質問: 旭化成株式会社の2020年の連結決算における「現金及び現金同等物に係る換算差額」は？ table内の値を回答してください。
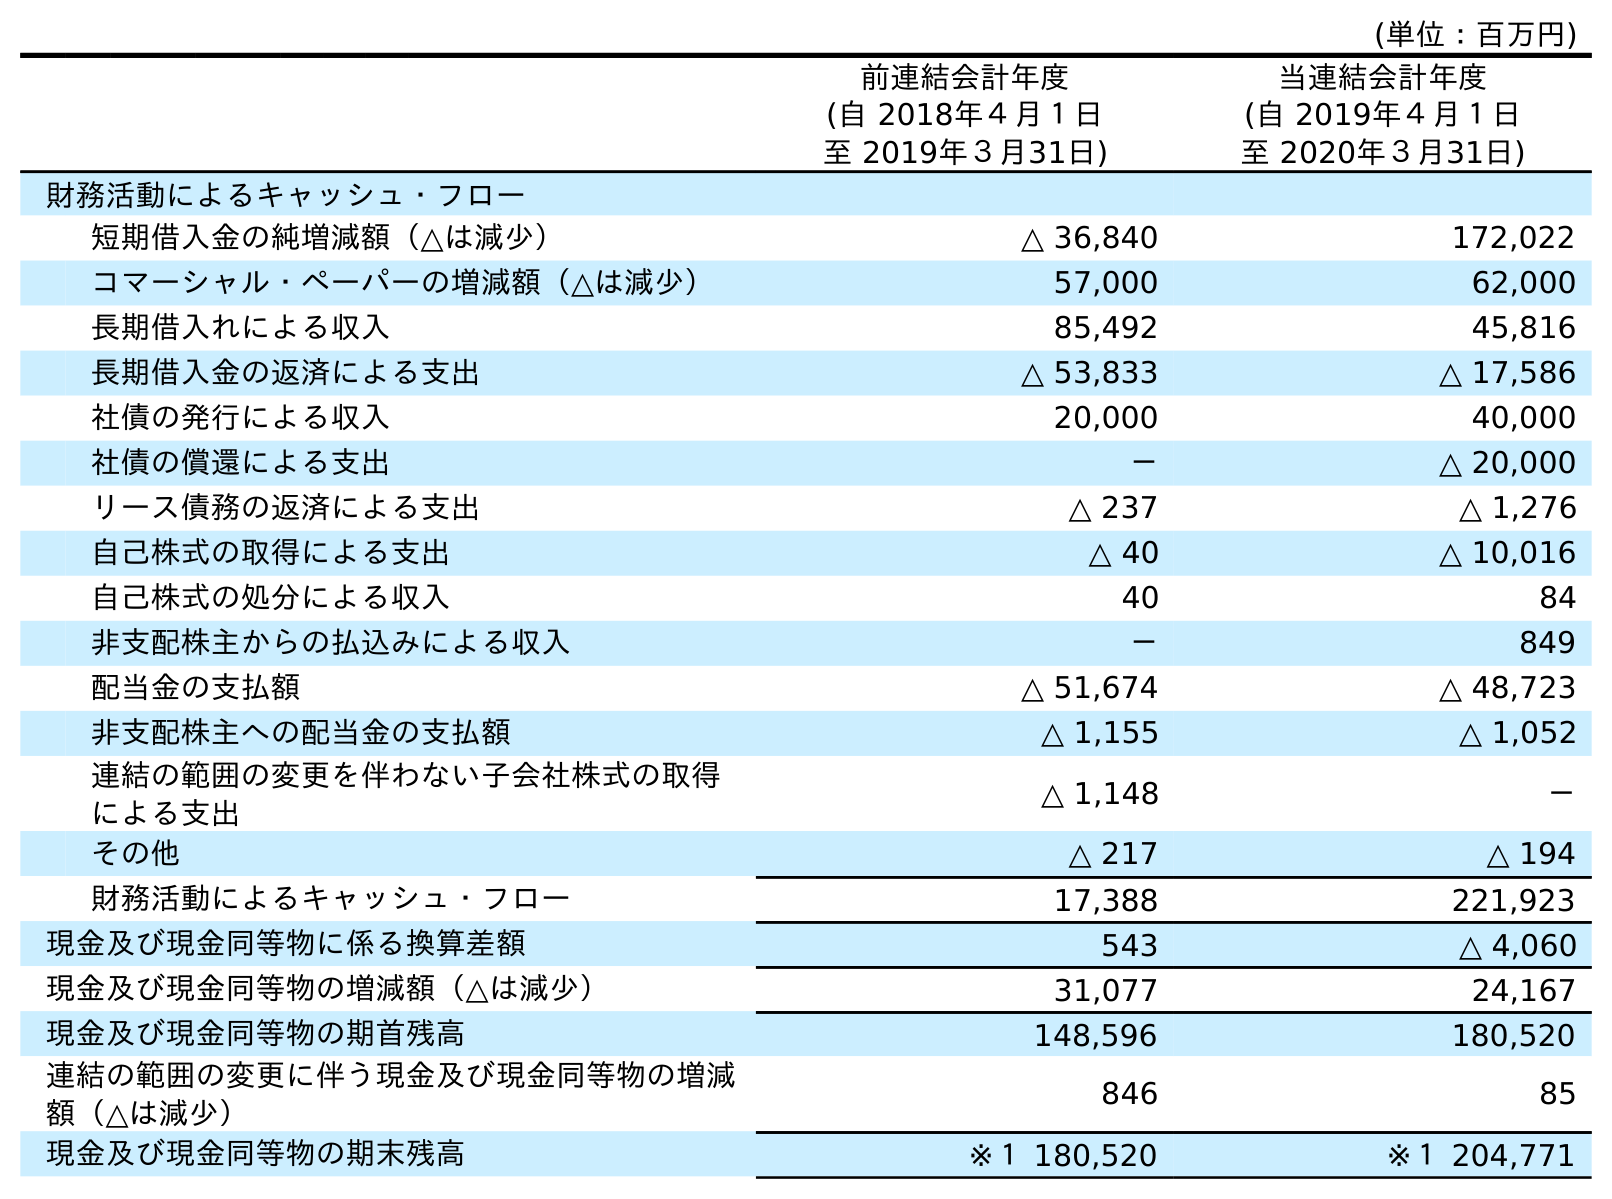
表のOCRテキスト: (単位：百万円) 前連結会計年度 (自 2018年４月１日 至 2019年３月31日) 当連結会計年度 (自 2019年４月１日 至 2020年３月31日) 財務活動によるキャッシュ・フロー 短期借入金の純増減額（△は減少） △ 36,840 172,022 コマーシャル・ペーパーの増減額（△は減少） 57,000 62,000 長期借入れによる収入 85,492 45,816 長期借入金の返済による支出 △ 53,833 △ 17,586 社債の発行による収入 20,000 40,000 社債の償還による支出 － △ 20,000 リース債務の返済による支出 △ 237 △ 1,276 自己株式の取得による支出 △ 40 △ 10,016 自己株式の処分による収入 40 84 非支配株主からの払込みによる収入 － 849 配当金の支払額 △ 51,674 △ 48,723 非支配株主への配当金の支払額 △ 1,155 △ 1,052 連結の範囲の変更を伴わない子会社株式の取得 による支出 △ 1,148 － その他 △ 217 △ 194 財務活動によるキャッシュ・フロー 17,388 221,923 現金及び現金同等物に係る換算差額 543 △ 4,060 現金及び現金同等物の増減額（△は減少） 31,077 24,167 現金及び現金同等物の期首残高 148,596 180,520 連結の範囲の変更に伴う現金及び現金同等物の増減 額（△は減少） 846 85 現金及び現金同等物の期末残高 ※１ 180,520 ※１ 204,771
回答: △4,060